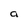
Character: a